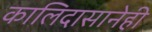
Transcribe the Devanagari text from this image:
कालिदासानेही